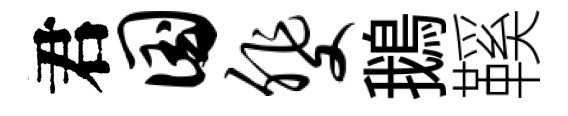
君国斐鵝鞵